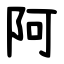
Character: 阿